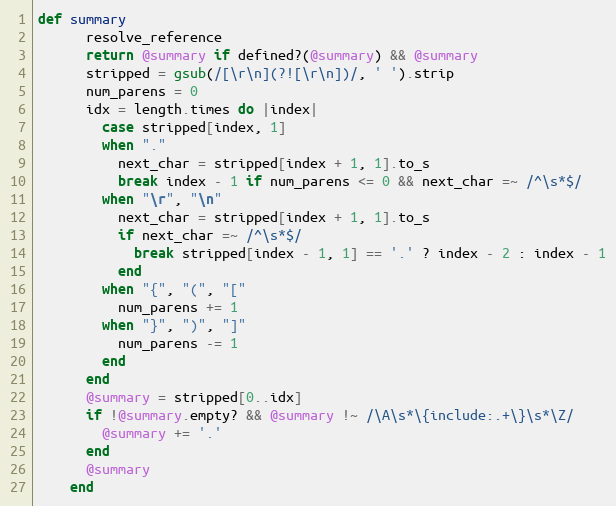
Language: Ruby
def summary
      resolve_reference
      return @summary if defined?(@summary) && @summary
      stripped = gsub(/[\r\n](?![\r\n])/, ' ').strip
      num_parens = 0
      idx = length.times do |index|
        case stripped[index, 1]
        when "."
          next_char = stripped[index + 1, 1].to_s
          break index - 1 if num_parens <= 0 && next_char =~ /^\s*$/
        when "\r", "\n"
          next_char = stripped[index + 1, 1].to_s
          if next_char =~ /^\s*$/
            break stripped[index - 1, 1] == '.' ? index - 2 : index - 1
          end
        when "{", "(", "["
          num_parens += 1
        when "}", ")", "]"
          num_parens -= 1
        end
      end
      @summary = stripped[0..idx]
      if !@summary.empty? && @summary !~ /\A\s*\{include:.+\}\s*\Z/
        @summary += '.'
      end
      @summary
    end